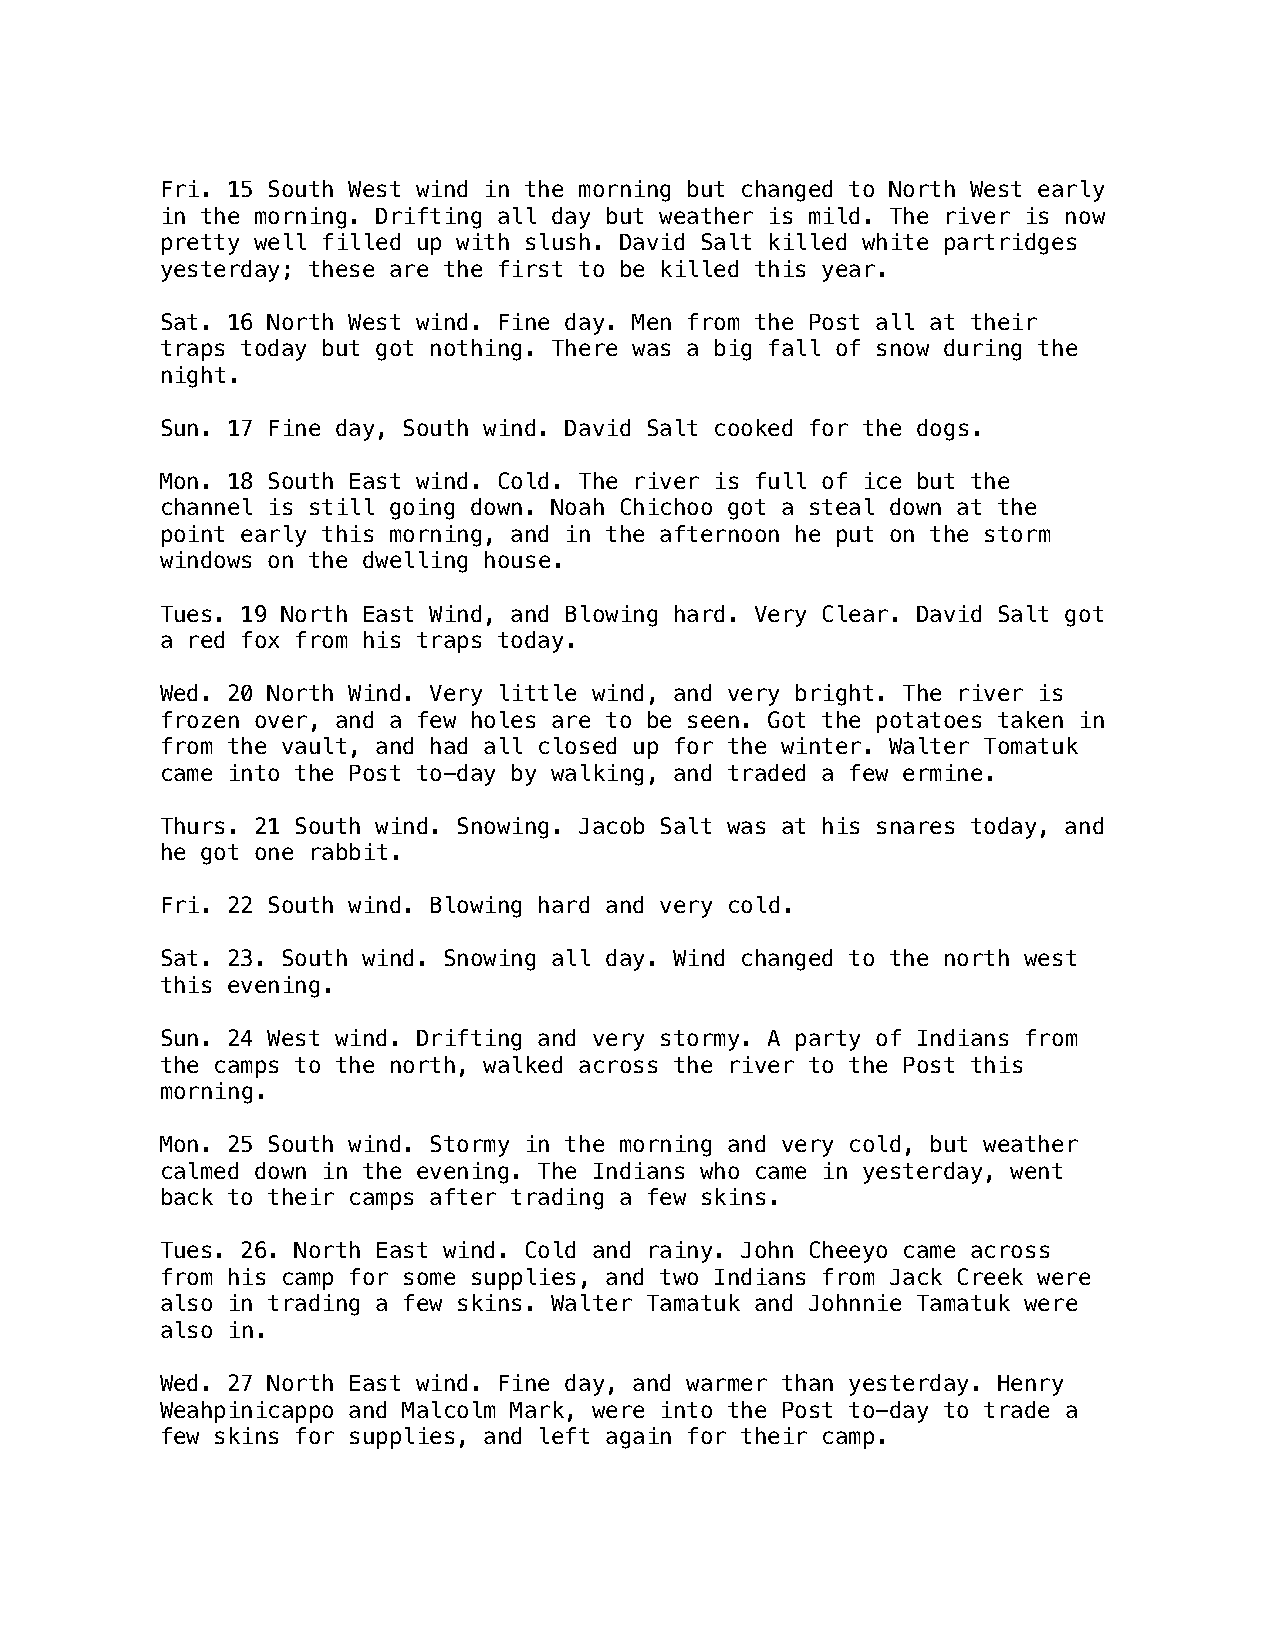
Fri. 15 South West wind in the morning but changed to North West early
 in the morning. Drifting all day but weather is mild. The river is now
 pretty well filled up with slush. David Salt killed white partridges
 yesterday; these are the first to be killed this year.
 Sat. 16 North West wind. Fine day. Men from the Post all at their
 traps today but got nothing. There was a big fall of snow during the
 night.
 Sun. 17 Fine day, South wind. David Salt cooked for the dogs.
 Mon. 18 South East wind. Cold. The river is full of ice but the
 channel is still going down. Noah Chichoo got a steal down at the
 point early this morning, and in the afternoon he put on the storm
 windows on the dwelling house.
 Tues. 19 North East Wind, and Blowing hard. Very Clear. David Salt got
 a red fox from his traps today.
 Wed. 20 North Wind. Very little wind, and very bright. The river is
 frozen over, and a few holes are to be seen. Got the potatoes taken in
 from the vault, and had all closed up for the winter. Walter Tomatuk
 came into the Post to-day by walking, and traded a few ermine.
 Thurs. 21 South wind. Snowing. Jacob Salt was at his snares today, and
 he got one rabbit.
 Fri. 22 South wind. Blowing hard and very cold.
 Sat. 23. South wind. Snowing all day. Wind changed to the north west
 this evening.
 Sun. 24 West wind. Drifting and very stormy. A party of Indians from
 the camps to the north, walked across the river to the Post this
 morning.
 Mon. 25 South wind. Stormy in the morning and very cold, but weather
 calmed down in the evening. The Indians who came in yesterday, went
 back to their camps after trading a few skins.
 Tues. 26. North East wind. Cold and rainy. John Cheeyo came across
 from his camp for some supplies, and two Indians from Jack Creek were
 also in trading a few skins. Walter Tamatuk and Johnnie Tamatuk were
 also in.
 Wed. 27 North East wind. Fine day, and warmer than yesterday. Henry
 Weahpinicappo and Malcolm Mark, were into the Post to-day to trade a
 few skins for supplies, and left again for their camp.